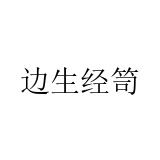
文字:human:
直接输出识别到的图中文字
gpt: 边生经笥